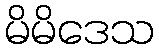
မိမိဒေသ